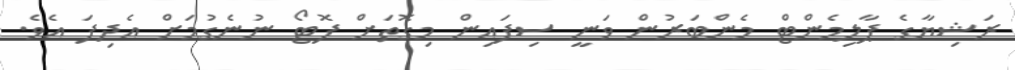
ރަޝިޔާގެ ޕާލިމެންޓް މެންބަރުން ވަނީ ސިފައިން މިގޮތަށް ފޮޓޯ ނުނެގުމަށް އެދިފަ އެވެ.